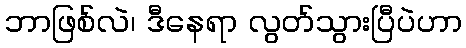
ဘာဖြစ်လဲ၊ ဒီနေရာ လွတ်သွားပြီပဲဟာ